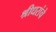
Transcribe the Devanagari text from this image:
श्रीधरांचे